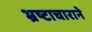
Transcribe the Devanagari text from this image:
भ्रष्टाचाराने